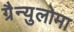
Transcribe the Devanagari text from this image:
ग्रैन्युलोमा